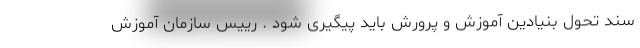
سند تحول بنیادین آموزش و پرورش باید پیگیری شود . رییس سازمان آموزش